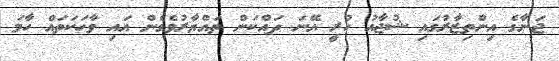
ޖަނާގެ އިންތިޒާރުގައި ޝުޖާއު ހުރީ އޭނަ ދައްކަން ތައްޔާރުވެގެން އައި ވާހަކަތައް ހާމަ